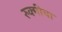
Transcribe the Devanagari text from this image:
रुक्मीचा